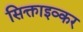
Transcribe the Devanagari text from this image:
सिक्ताइव्कर